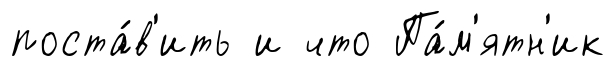
поста́в'ить и что Па́м'ятн'ик